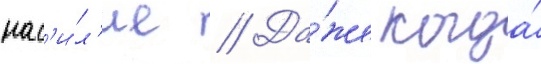
нас'и́л'ие // Да́же когда́